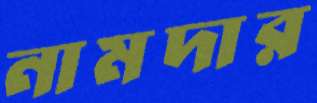
নামদার